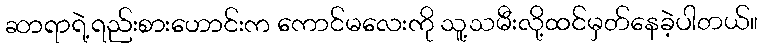
ဆာရာရဲ့ရည်းစားဟောင်းက ကောင်မလေးကို သူ့သမီးလို့ထင်မှတ်နေခဲ့ပါတယ်။